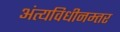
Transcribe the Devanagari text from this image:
अंत्यविधीनम्तर